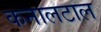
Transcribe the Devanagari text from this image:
कनालटाल